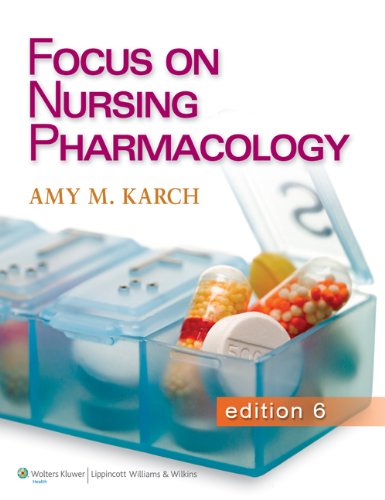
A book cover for Focus on Nursing Pharmacology; Amy M. Karch MSN  RN; Medical Books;